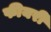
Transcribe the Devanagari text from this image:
फीयरी